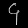
Digit: ၄